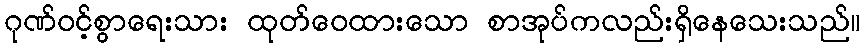
ဂုဏ်ဝင့်စွာရေးသား ထုတ်ဝေထားသော စာအုပ်ကလည်းရှိနေသေးသည်။